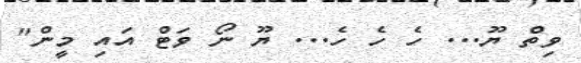
ވިތް ޔޫ... ހެ ހެ ހެ... ޔޫ ނޯ ވަޓް އައި މީން"